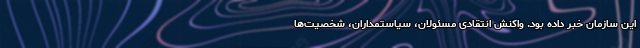
این سازمان خبر داده بود. واکنش انتقادی مسئولان، سیاستمداران، شخصیت‌ها